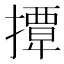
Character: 𢶁